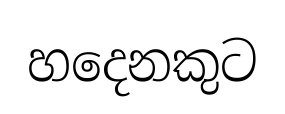
හදෙනකුට